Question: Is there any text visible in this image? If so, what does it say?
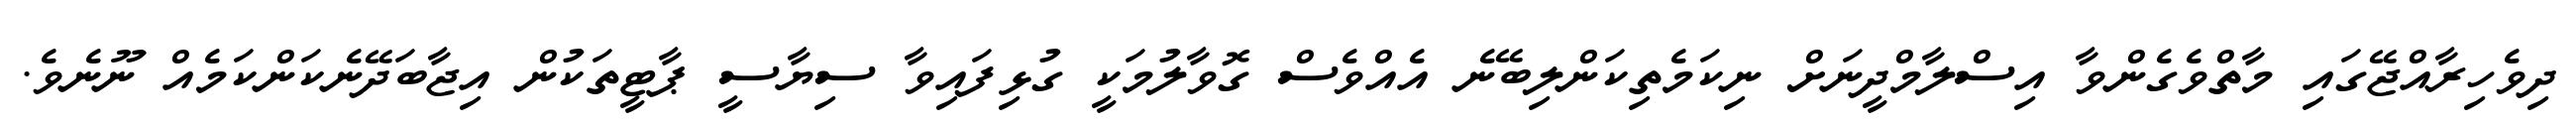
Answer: ދިވެހިރާއްޖޭގައި މާތްވެގެންވާ އިސްލާމްދީނަށް ނިކަމެތިކަންލިބޭނެ އެއްވެސް ގޮވާލުމަކީ ގުޅިފައިވާ ސިޔާސީ ޕާޓީތަކުން އިޖާބަދޭނެކަންކަމެއް ނޫނެވެ.